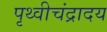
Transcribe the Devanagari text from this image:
पृथ्वीचंद्रादय